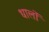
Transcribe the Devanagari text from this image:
धालों